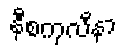
နီစကုလီနာ